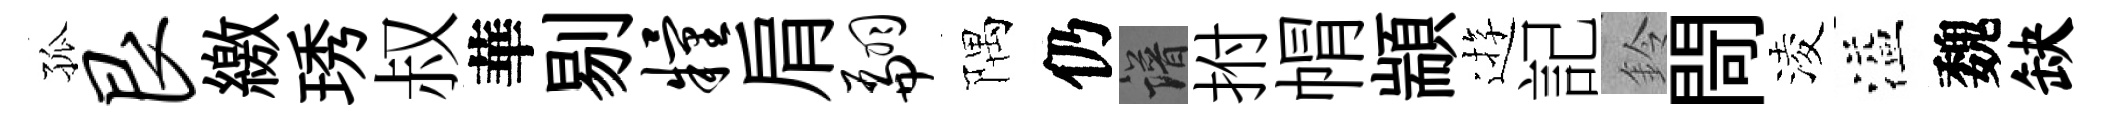
孤艮繳琇叔華剔粮肩翩隅仍譜拊㡌顓逰記鈴閜淩溢魏缺